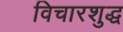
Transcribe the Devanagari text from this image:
विचारशुद्ध